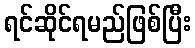
ရင်ဆိုင်ရမည်ဖြစ်ပြီး